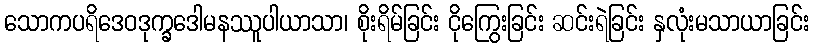
သောကပရိဒေဝဒုက္ခဒေါမနဿူပါယာသာ၊ စိုးရိမ်ခြင်း ငိုကြွေးခြင်း ဆင်းရဲခြင်း နှလုံးမသာယာခြင်း